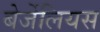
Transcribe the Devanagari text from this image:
बेर्जेलियस